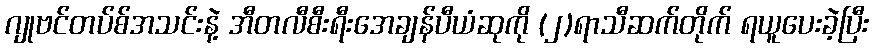
ဂျုဗင်တပ်စ်အသင်းနဲ့ အီတလီစီးရီးအေချန်ပီယံဆုကို (၂)ရာသီဆက်တိုက် ရယူပေးခဲ့ပြီး